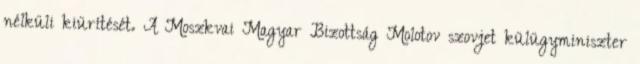
nélküli kiürítését. A Moszkvai Magyar Bizottság Molotov szovjet külügyminiszter